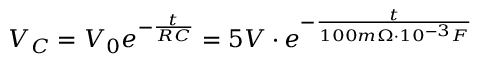
V _ { C } = V _ { 0 } e ^ { - \frac { t } { R C } } = 5 V \cdot e ^ { - \frac { t } { 1 0 0 m \Omega \cdot 1 0 ^ { - 3 } F } }